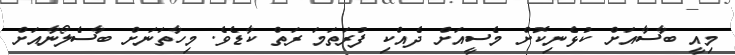
މިއީ ބާސާއަށް ކުޅެނިކޮށް މެސީއަށް ދެއްކި ފުރަތަމަ ރަތް ކާޑެވެ. މިހާތަނަށް ބާސެލޯނާއަށް